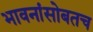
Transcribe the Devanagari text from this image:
भावनांसोबतच